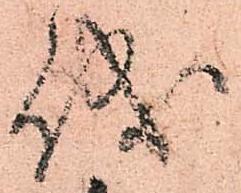
儀